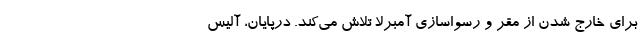
برای خارج شدن از مقر و رسواسازی آمبرلا تلاش می‌کند. درپایان، آلیس